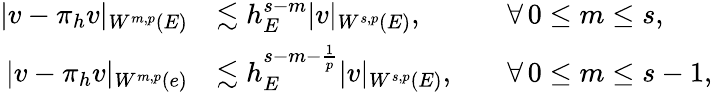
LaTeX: \begin{array}{rlrl}{|v-\pi_{h}v|_{W^{m,p}(E)}}&{\lesssim h_{E}^{s-m}|v|_{W^{s,p}(E)},}&&{\forall\, 0\le m\le s,}\\ {|v-\pi_{h}v|_{W^{m,p}(e)}}&{\lesssim h_{E}^{s-m-\frac{1}{p}}|v|_{W^{s,p}(E)},}&&{\forall\, 0\le m\le s-1,}\end{array}